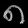
Digit: ၈